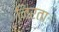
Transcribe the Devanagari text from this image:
निरताः